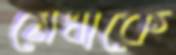
মেধাকে